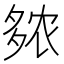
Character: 𫯒